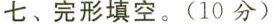
七、完形填空.(10分)